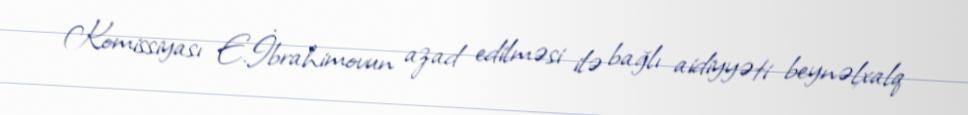
Komissiyası E.İbrahimovun azad edilməsi ilə bağlı aidiyyəti beynəlxalq